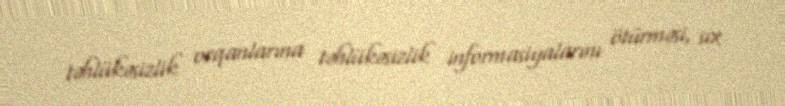
təhlükəsizlik orqanlarına təhlükəsizlik informasiyalarını ötürməsi, sıx